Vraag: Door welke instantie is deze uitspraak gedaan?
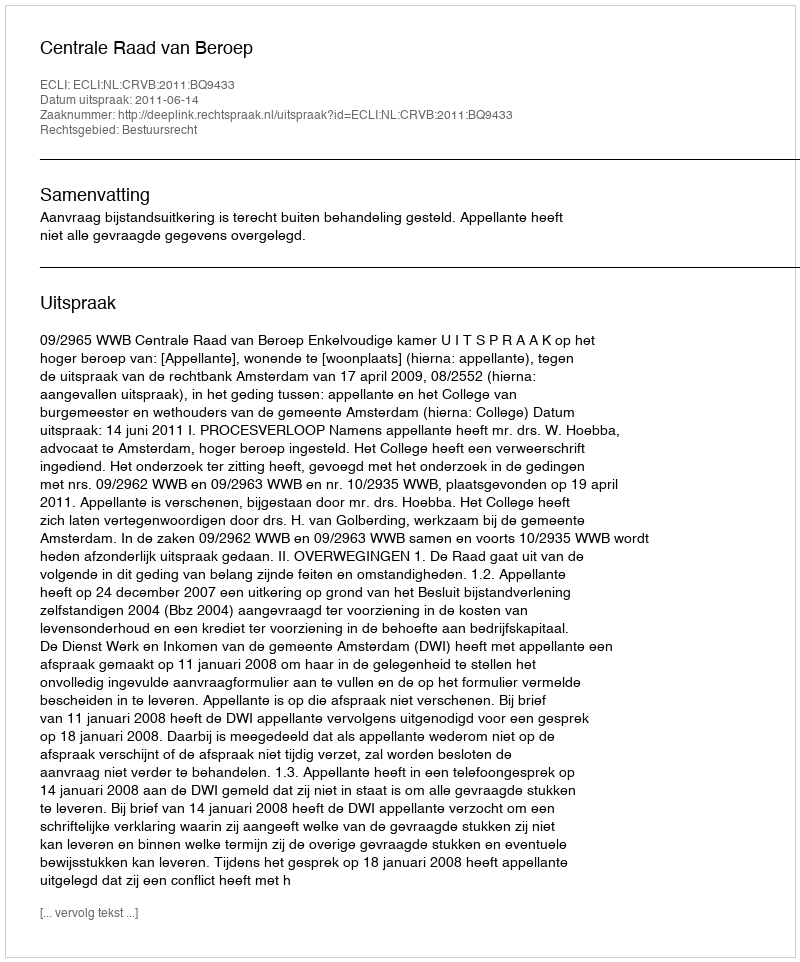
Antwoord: Centrale Raad van Beroep